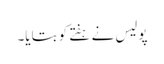
پولیس نے ہفتے کو بتایا۔